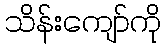
သိန်းကျော်ကို